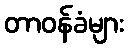
တာဝန်ခံများ